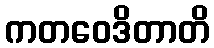
ကတဝေဒိတာတိ